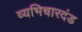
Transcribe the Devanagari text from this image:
व्यभिचारदंड